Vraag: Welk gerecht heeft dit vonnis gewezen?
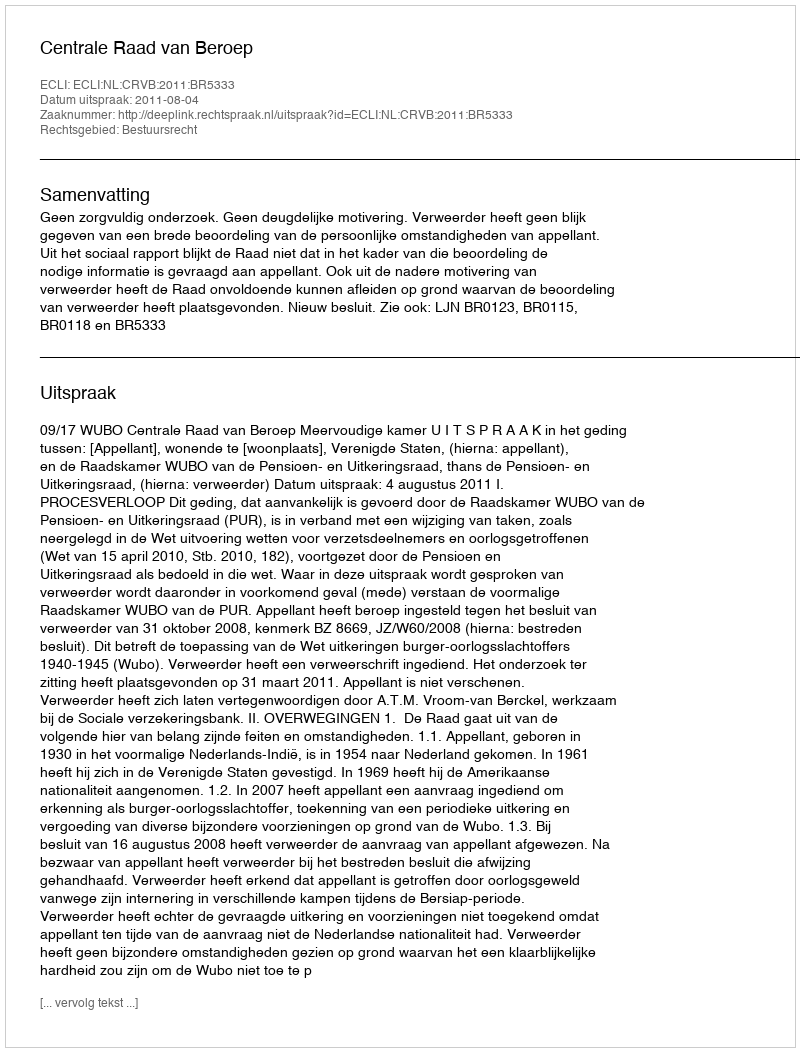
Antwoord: Centrale Raad van Beroep